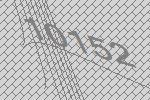
10152